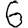
Digit: 6